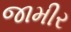
જામીર